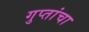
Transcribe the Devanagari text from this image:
गुप्तांचा